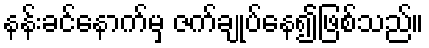
နန်းခင်နောက်မှ ဇက်ချုပ်နေ၍ဖြစ်သည်။